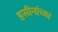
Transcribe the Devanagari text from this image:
हसीनांच्या